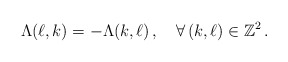
\begin{align*}\Lambda(\ell,k)=-\Lambda(k,\ell)\,,\quad\forall\,(k,\ell)\in\mathbb Z^2\,.\end{align*}